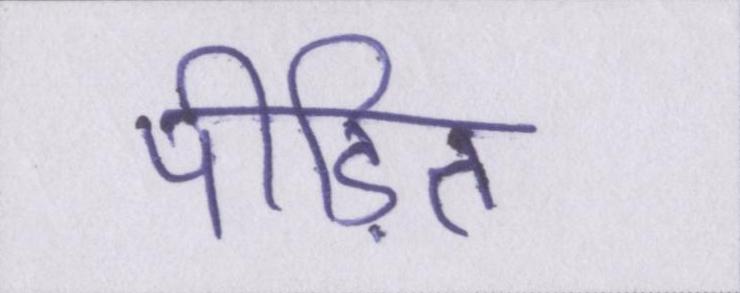
पीडि़त